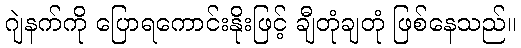
ဂျဲနက်ကို ပြောရကောင်းနိုးဖြင့် ချီတုံချတုံ ဖြစ်နေသည်။